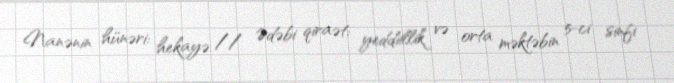
Nanənin hünəri: hekayə // Ədəbi qiraət: yeddiillik və orta məktəbin 5-ci sinfi